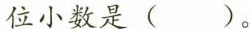
位小数是( )。